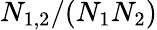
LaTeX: N_{1,2}/(N_{1}N_{2})